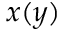
x ( y )